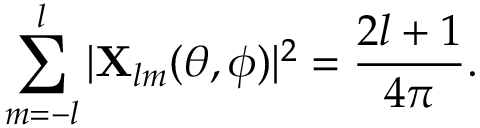
\sum _ { m = - l } ^ { l } | { \bf X } _ { l m } ( \theta , \phi ) | ^ { 2 } = { \frac { 2 l + 1 } { 4 \pi } } .